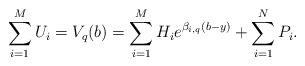
LaTeX: \begin{align*}\sum_{i=1}^{M}U_i=V_q(b)=\sum_{i=1}^{M}H_ie^{\beta_{i,q}(b-y)}+\sum_{i=1}^{N}P_i.\end{align*}